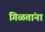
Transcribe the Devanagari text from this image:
गिळतांना